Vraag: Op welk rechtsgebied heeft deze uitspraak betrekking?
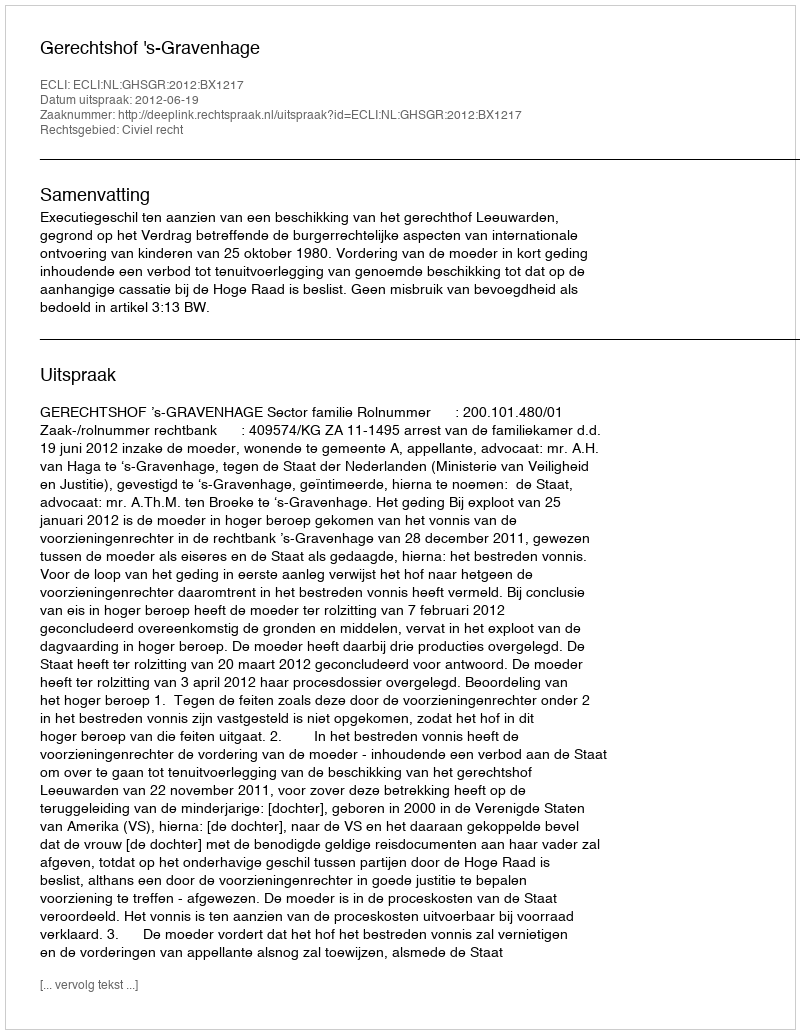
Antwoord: Civiel recht